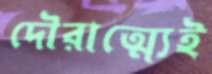
দৌরাত্ম্যেই